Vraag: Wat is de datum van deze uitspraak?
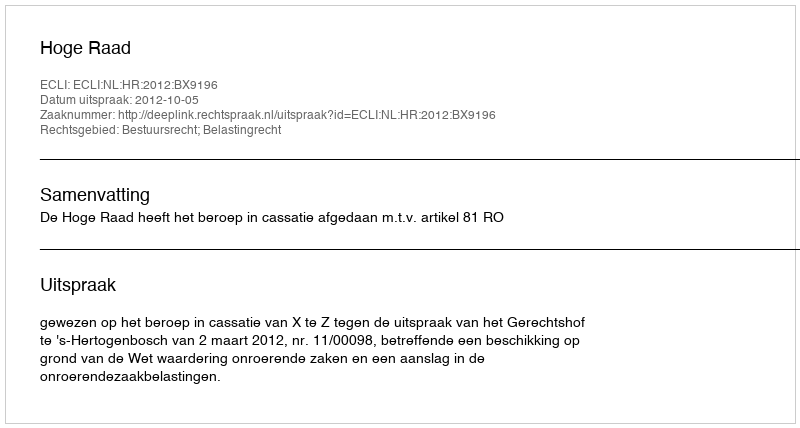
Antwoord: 2012-10-05